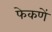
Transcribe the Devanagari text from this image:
फेकणें